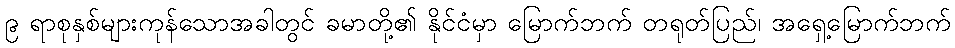
၉ ရာစုနှစ်များကုန်သောအခါတွင် ခမာတို့၏ နိုင်ငံမှာ မြောက်ဘက် တရုတ်ပြည်၊ အရှေ့မြောက်ဘက်